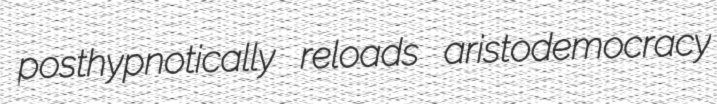
posthypnotically reloads aristodemocracy